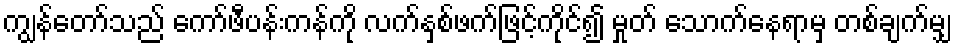
ကျွန်တော်သည် ကော်ဖီပန်းကန်ကို လက်နှစ်ဖက်ဖြင့်ကိုင်၍ မှုတ် သောက်နေရာမှ တစ်ချက်မျှ